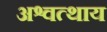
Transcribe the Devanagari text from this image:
अश्वत्थाय